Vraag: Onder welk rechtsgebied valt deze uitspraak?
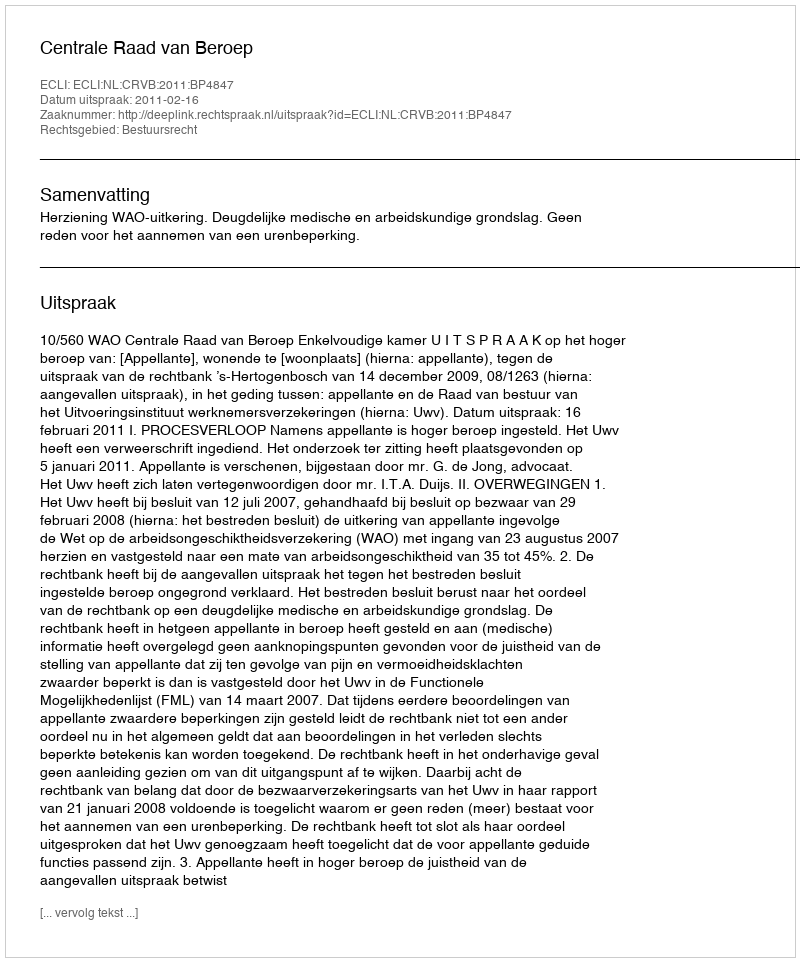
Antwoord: Bestuursrecht